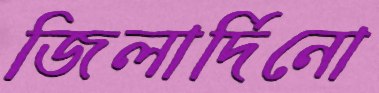
জিলার্দিনো